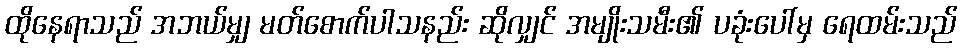
ထိုနေရာသည် အဘယ်မျှ မတ်စောက်ပါသနည်း ဆိုလျှင် အမျိုးသမီး၏ ပခုံးပေါ်မှ ရေထမ်းသည်